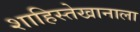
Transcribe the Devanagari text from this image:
शाहिस्तेखानाला